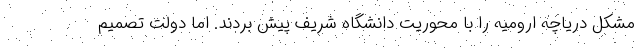
مشکل دریاچه ارومیه را با محوریت دانشگاه شریف پیش بردند. اما دولت تصمیم